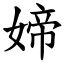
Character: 媂